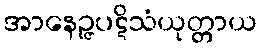
အာနေဉ္ဇပဋိသံယုတ္တာယ